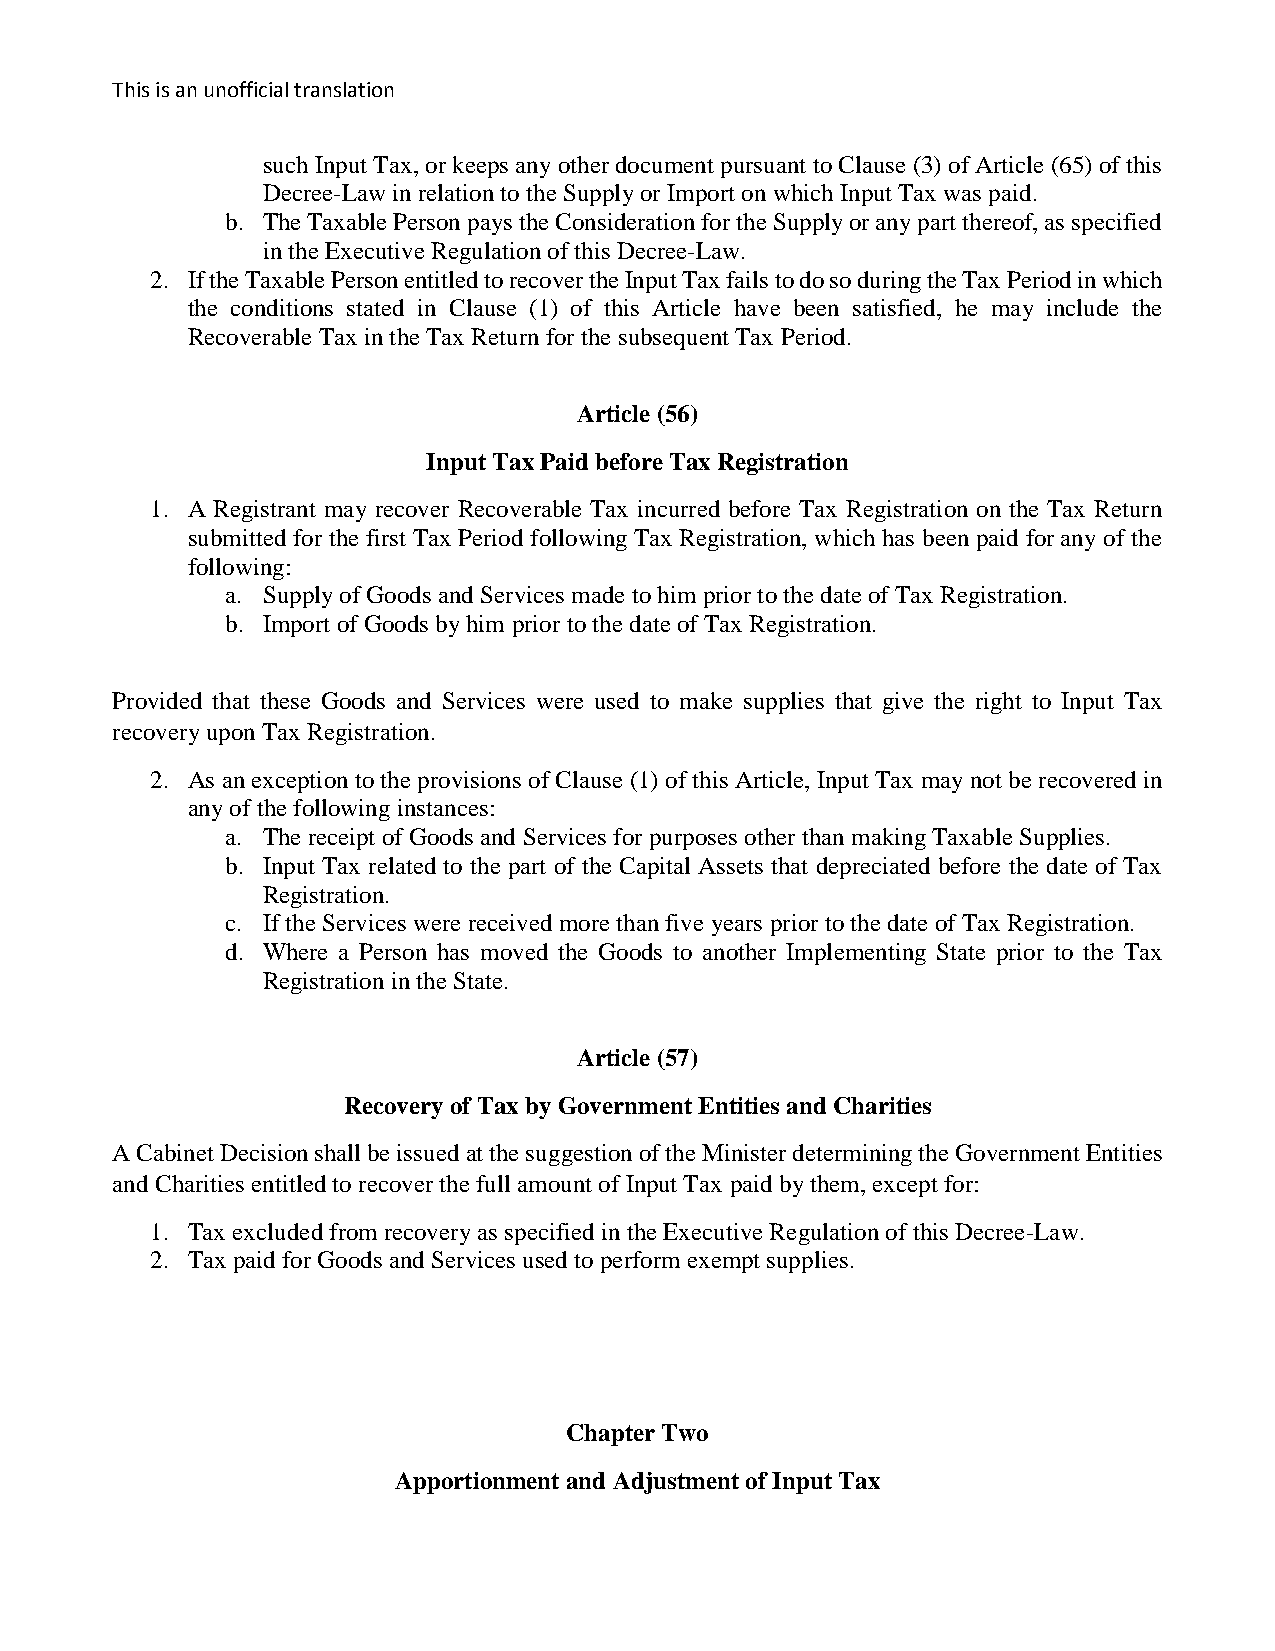
This is an unofficial translation
 such Input Tax, or keeps any other document pursuant to Clause (3) of Article (65) of this
 Decree-Law in relation to the Supply or Import on which Input Tax was paid.
 b. The Taxable Person pays the Consideration for the Supply or any part thereof, as specified
 in the Executive Regulation of this Decree-Law.
 2. If the Taxable Person entitled to recover the Input Tax fails to do so during the Tax Period in which
 the conditions stated in Clause (1) of this Article have been satisfied, he may include the
 Recoverable Tax in the Tax Return for the subsequent Tax Period.
 Article (56)
 Input Tax Paid before Tax Registration
 1. A Registrant may recover Recoverable Tax incurred before Tax Registration on the Tax Return
 submitted for the first Tax Period following Tax Registration, which has been paid for any of the
 following:
 a. Supply of Goods and Services made to him prior to the date of Tax Registration.
 b. Import of Goods by him prior to the date of Tax Registration.
 Provided that these Goods and Services were used to make supplies that give the right to Input Tax
 recovery upon Tax Registration.
 2. As an exception to the provisions of Clause (1) of this Article, Input Tax may not be recovered in
 any of the following instances:
 a. The receipt of Goods and Services for purposes other than making Taxable Supplies.
 b. Input Tax related to the part of the Capital Assets that depreciated before the date of Tax
 Registration.
 c. If the Services were received more than five years prior to the date of Tax Registration.
 d. Where a Person has moved the Goods to another Implementing State prior to the Tax
 Registration in the State.
 Article (57)
 Recovery of Tax by Government Entities and Charities
 A Cabinet Decision shall be issued at the suggestion of the Minister determining the Government Entities
 and Charities entitled to recover the full amount of Input Tax paid by them, except for:
 1. Tax excluded from recovery as specified in the Executive Regulation of this Decree-Law.
 2. Tax paid for Goods and Services used to perform exempt supplies.
 Chapter Two
 Apportionment and Adjustment of Input Tax